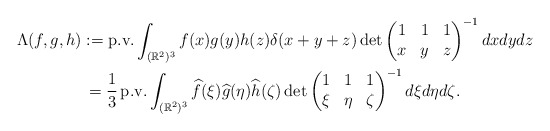
\begin{align*}\Lambda(f,g,h) & := \textup{p.v.} \int_{(\mathbb{R}^2)^3} f(x)g(y)h(z)\delta(x+y+z)\det\begin{pmatrix}1 & 1 & 1\\ x & y & z \end{pmatrix}^{-1} dxdydz \\& \,= \frac{1}{3} \,\textup{p.v.} \int_{(\mathbb{R}^2)^3} \widehat{f}(\xi)\widehat{g}(\eta)\widehat{h}(\zeta)\det\begin{pmatrix}1 & 1 & 1\\ \xi & \eta & \zeta \end{pmatrix}^{-1} d\xi d\eta d\zeta. \end{align*}